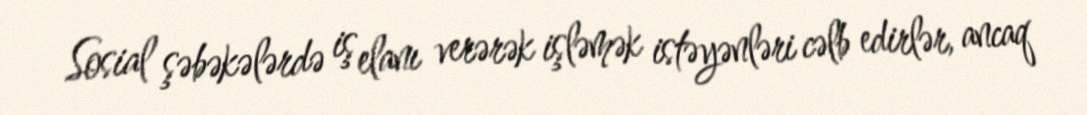
Sosial şəbəkələrdə iş elanı verərək işləmək istəyənləri cəlb edirlər, ancaq